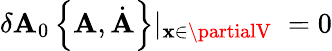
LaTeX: \delta\mathbf{A}_{0}\left\{ {\mathbf{\mathbf{A}}},\dot{{{\mathbf{\mathbf{A}}}}}\right\} |_{{\mathbf{x}}\in\partialV}\; =0